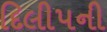
દિલીપની